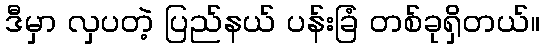
ဒီမှာ လှပတဲ့ ပြည်နယ် ပန်းခြံ တစ်ခုရှိတယ်။